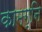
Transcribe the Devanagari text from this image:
कामग्नि